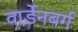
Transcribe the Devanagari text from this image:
वार्डेनबर्ग